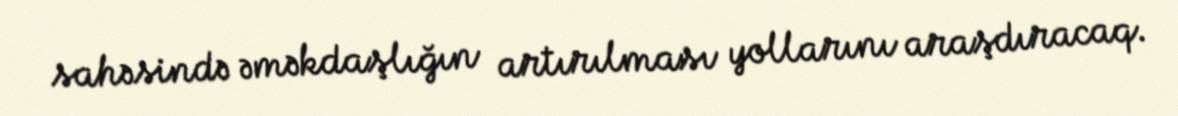
sahəsində əməkdaşlığın artırılması yollarını araşdıracaq.